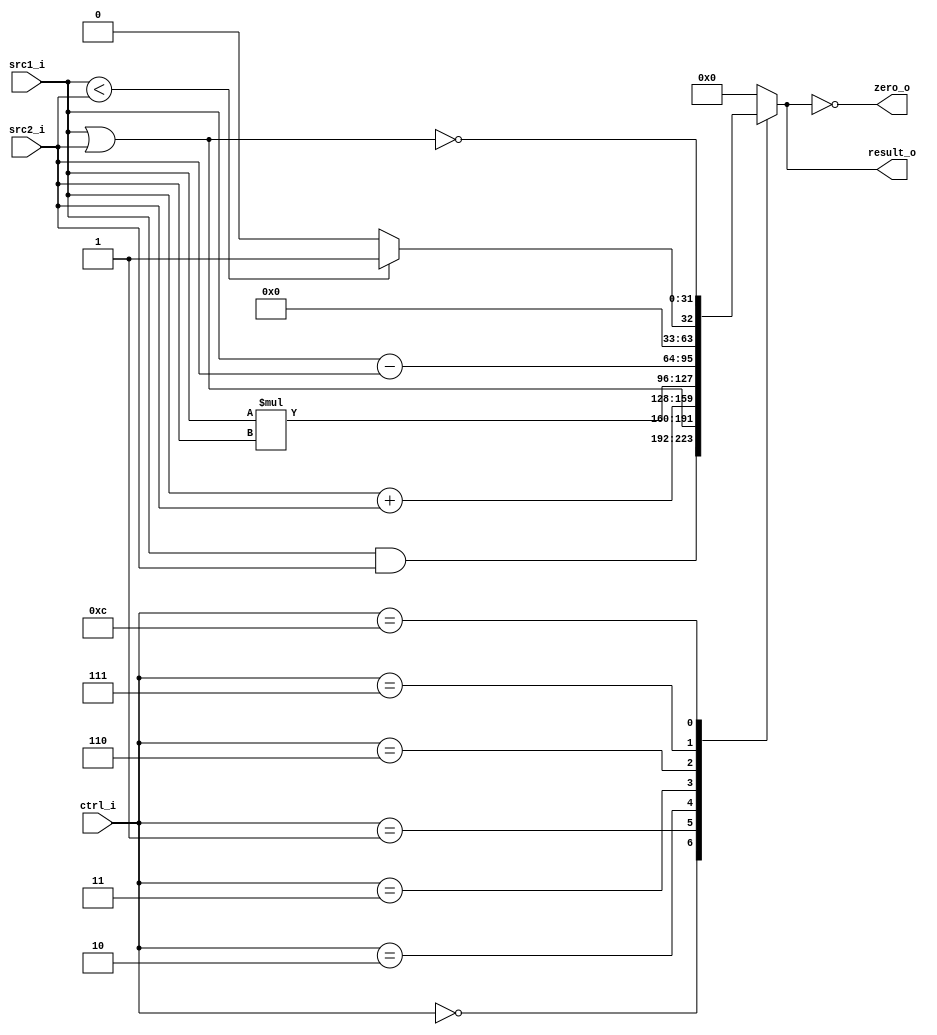
//109550073
//Subject:     CO project 2 - ALU
//--------------------------------------------------------------------------------
//Version:     1
//--------------------------------------------------------------------------------
//Writer:      
//----------------------------------------------
//Date:        
//----------------------------------------------
//Description: 
//--------------------------------------------------------------------------------

module ALU(
    src1_i,
	src2_i,
	ctrl_i,
	result_o,
	zero_o
	);
     
//I/O ports
input  [32-1:0]  src1_i;
input  [32-1:0]	 src2_i;
input  [4-1:0]   ctrl_i;

output [32-1:0]	 result_o;
output           zero_o;

//Internal signals
reg    [32-1:0]  result_o;
wire             zero_o;

//Parameter
assign zero_o = (result_o==0) ;
//Main function
always @(ctrl_i,src1_i,src2_i)begin
    case(ctrl_i)
        0: result_o <= src1_i & src2_i; //and
        1: result_o <= src1_i | src2_i; //or
        2: result_o <= src1_i + src2_i; //addu
        3: result_o <= src1_i * src2_i;
        6: result_o <= src1_i - src2_i; //subu
        7: result_o <= (src1_i < src2_i)? 1 : 0; //slt
        12: result_o <= ~(src1_i | src2_i);
        default : result_o <= 0;
    endcase
end
//Main function

endmodule